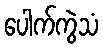
ပေါက်ကွဲသံ